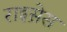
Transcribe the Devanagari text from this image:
राइस़ेस